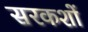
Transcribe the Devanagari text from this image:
सरकशों